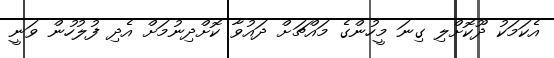
އެކަމަކު ދޫކޮށްލި ގިނަ މީހުންގެ މައްޗަށް ދައުވާ ކޮށްދިނުމަށް އެދި ފުލުހުން ވަނީ